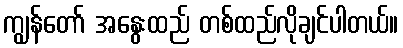
ကျွန်တော် အနွေးထည် တစ်ထည်လိုချင်ပါတယ်။